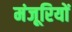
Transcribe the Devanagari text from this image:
मंजूरियों